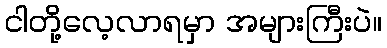
ငါတို့လေ့လာရမှာ အများကြီးပဲ။